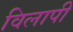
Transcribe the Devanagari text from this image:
विलापी